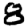
Digit: 8